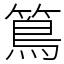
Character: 䉆